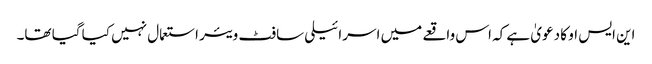
این ایس او کا دعویٰ ہے کہ اس واقعے میں اسرائیلی سافٹ ویئر استعمال نہیں کیا گیا تھا۔